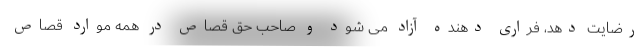
رضایت دهد، فراری دهنده آزاد می شود و صاحب حق قصاص در همه موارد قصاص